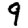
Digit: 9